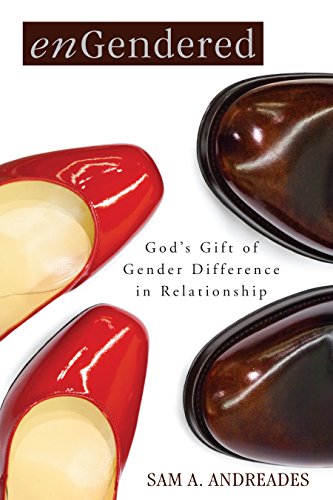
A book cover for enGendered: God's Gift of Gender Difference in Relationship; Sam A. Andreades; Religion & Spirituality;